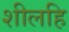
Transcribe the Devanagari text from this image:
शीलहि